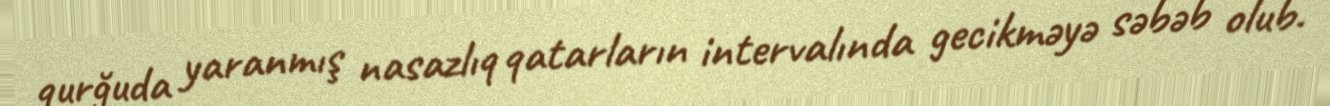
qurğuda yaranmış nasazlıq qatarların intervalında gecikməyə səbəb olub.